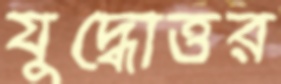
যুদ্ধোত্তর